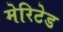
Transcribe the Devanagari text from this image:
मेरिटेड